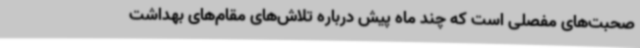
صحبت‌های مفصلی است که چند ماه پیش درباره تلاش‌های مقام‌های بهداشت